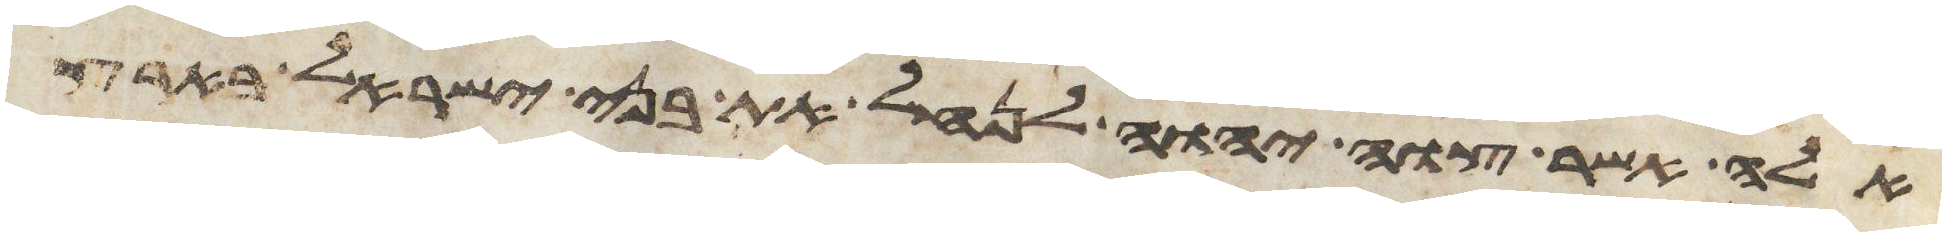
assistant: אלה אשר צוה יהוה לנחל את בני ישראל בארץ